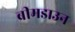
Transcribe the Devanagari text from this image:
ब्रीमडाउन